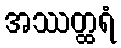
အဿတ္ထရံ